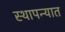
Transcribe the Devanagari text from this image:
स्थापन्यात